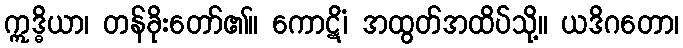
ဣဒ္ဓိယာ၊ တန်ခိုးတော်၏။ ကောဋိံ၊ အထွတ်အထိပ်သို့။ ယဒိဂတော၊